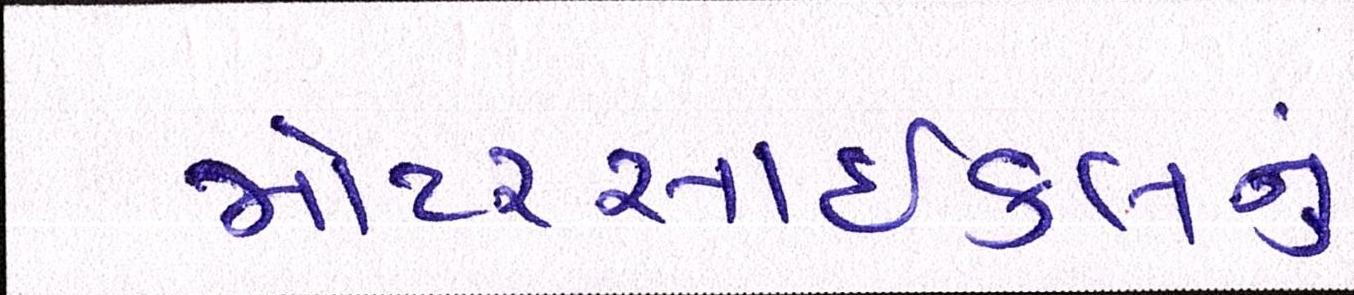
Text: મોટરસાઇકલનું